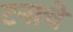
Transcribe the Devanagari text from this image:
टनाचे